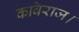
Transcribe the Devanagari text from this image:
कविराज।